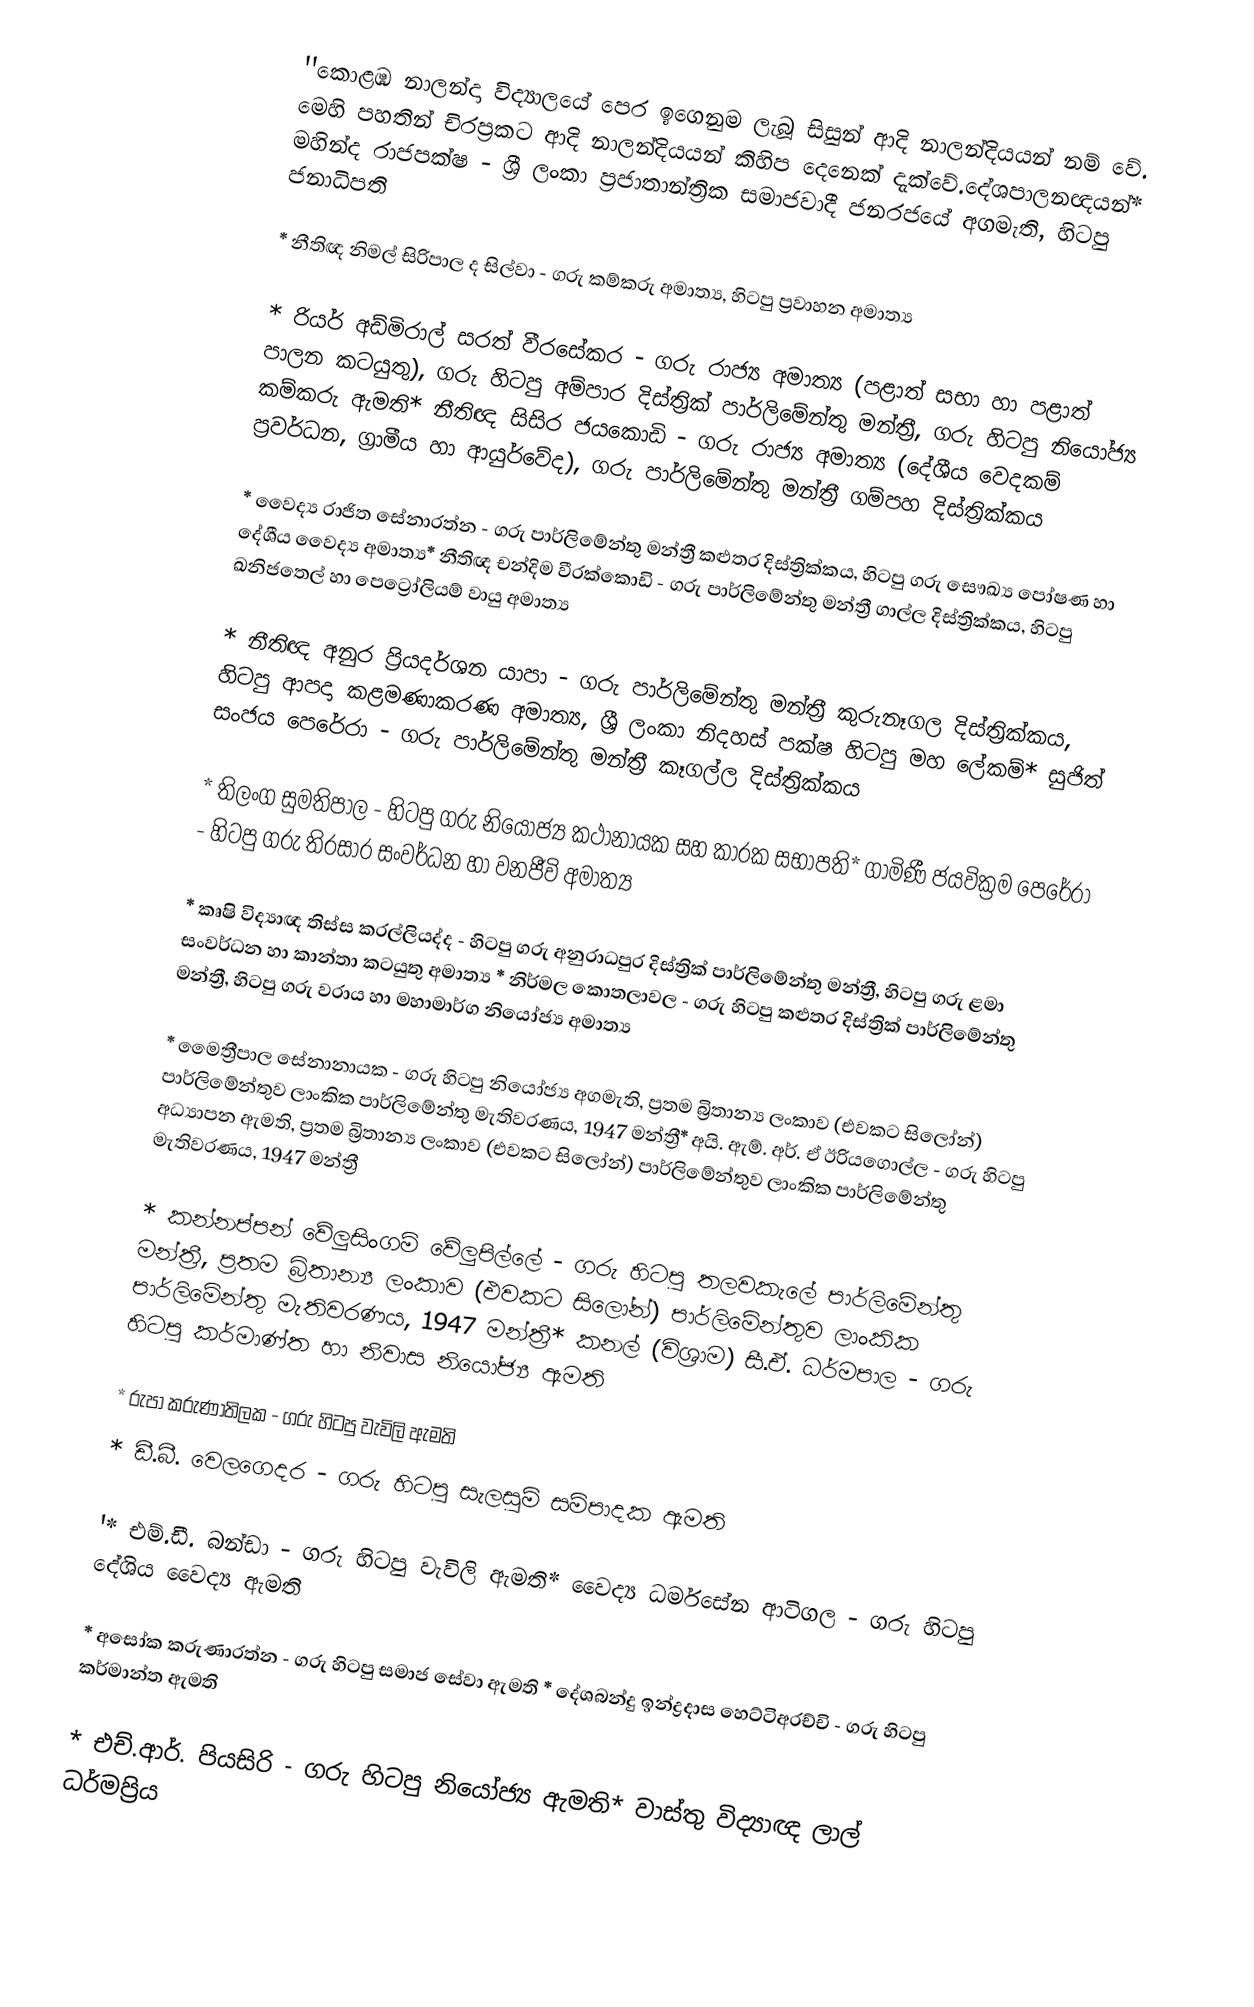
''කොළඹ නාලන්දා විද්‍යාලයේ පෙර ඉගෙනුම ලැබූ සිසුන් ආදි නාලන්දියයන් නම් වේ. මෙහි පහතින් චිරප්‍රකට ආදි නාලන්දියයන් කිහිප දෙනෙක් දැක්වේ.දේශපාලනඥයන්*  මහින්ද රාජපක්ෂ - ශ්‍රී ලංකා ප්‍රජාතාන්ත්‍රික සමාජවාදී ජනරජයේ අගමැති, හිටපු ජනාධිපති

*  නීතිඥ නිමල් සිරිපාල ද සිල්වා - ගරු කම්කරු අමාත්‍ය, හිටපු ප්‍රවාහන අමාත්‍ය

* රියර් අඩ්මිරාල් සරත් වීරසේකර - ගරු රාජ්‍ය අමාත්‍ය (පළාත් සභා හා පළාත් පාලන කටයුතු), ගරු හිටපු අම්පාර දිස්ත්‍රික් පාර්ලිමේන්තු  මන්ත්‍රී, ගරු හිටපු නියෝජ්‍ය කම්කරු ඇමති*  නීතිඥ සිසිර ජයකොඩි - ගරු රාජ්‍ය අමාත්‍ය (දේශීය වෙදකම් ප්‍රවර්ධන, ග්‍රාමීය හා ආයුර්වේද), ගරු පාර්ලිමේන්තු මන්ත්‍රී ගම්පහ දිස්‌ත්‍රික්‌කය

* වෛද්‍ය රාජිත සේනාරත්න - ගරු පාර්ලිමේන්තු මන්ත්‍රී කළුතර දිස්‌ත්‍රික්‌කය, හිටපු ගරු සෞඛ්‍ය පෝෂණ හා දේශීය වෛද්‍ය අමාත්‍ය*  නීතිඥ චන්දිම වීරක්කොඩි  - ගරු පාර්ලිමේන්තු මන්ත්‍රී ගාල්ල දිස්‌ත්‍රික්‌කය, හිටපු ඛනිජතෙල් හා පෙට්‍රෝලියම් වායු  අමාත්‍ය

*  නීතිඥ අනුර ප්‍රියදර්ශන  යාපා - ගරු පාර්ලිමේන්තු මන්ත්‍රී කුරුනෑගල දිස්‌ත්‍රික්‌කය, හිටපු ආපදා කළමණාකරණ අමාත්‍ය, ශ්‍රී ලංකා නිදහස් පක්ෂ හිටපු මහ ලේකම්* සුජිත් සංජය පෙරේරා - ගරු පාර්ලිමේන්තු මන්ත්‍රී කෑගල්ල දිස්‌ත්‍රික්‌කය

* තිලංග සුමතිපාල - හිටපු ගරු නියෝජ්‍ය කථානායක සහ කාරක සභාපති* ගාමිණී ජයවික්‍රම පෙරේරා - හිටපු ගරු තිරසාර සංවර්ධන හා වනජීවි අමාත්‍ය

* කෘෂි විද්‍යාඥ තිස්ස කරල්ලියද්ද - හිටපු ගරු අනුරාධපුර දිස්ත්‍රික් පාර්ලිමේන්තු  මන්ත්‍රී, හිටපු ගරු ළමා සංවර්ධන හා කාන්තා කටයුතු අමාත්‍ය  * නිර්මල කොතලාවල - ගරු හිටපු කළුතර දිස්ත්‍රික් පාර්ලිමේන්තු  මන්ත්‍රී, හිටපු ගරු වරාය හා මහාමාර්ග නියෝජ්‍ය අමාත්‍ය

* මෛත්‍රීපාල සේනානායක - ගරු හිටපු නියෝජ්‍ය අගමැති, ප්‍රතම බ්‍රිතාන්‍ය ලංකාව (එවකට සිලෝන්) පාර්ලිමේන්තුව ලාංකික පාර්ලිමේන්තු මැතිවරණය, 1947 මන්ත්‍රී* අයි. ඇම්. අර්. ඒ ඊරියගොල්ල - ගරු හිටපු අධ්‍යාපන ඇමති,  ප්‍රතම බ්‍රිතාන්‍ය ලංකාව (එවකට සිලෝන්) පාර්ලිමේන්තුව ලාංකික පාර්ලිමේන්තු මැතිවරණය, 1947 මන්ත්‍රී

* කන්නප්පන් වේලුසිංගම් වේලුපිල්ලේ - ගරු හිටපු තලවකැලේ පාර්ලිමේන්තු මන්ත්‍රී,   ප්‍රතම බ්‍රිතාන්‍ය ලංකාව (එවකට සිලෝන්) පාර්ලිමේන්තුව ලාංකික පාර්ලිමේන්තු මැතිවරණය, 1947 මන්ත්‍රී* කනල් (විශ්‍රාම) සී.ඒ. ධර්මපාල - ගරු හිටපු කර්මාණ්ත හා නිවාස නියෝජ්‍ය ඇමති

* රුපා කරුණාතිලක - ගරු හිටපු වැවිලි ඇමති
 * ඩී.බී. වෙලගෙදර - ගරු හිටපු සැලසුම් සම්පාදක ඇමති

'* එම්.ඩී. බන්ඩා - ගරු හිටපු වැවිලි ඇමති* වෛද්‍ය ධර්මසේන ආටිගල - ගරු හිටපු  දේශිය වෛද්‍ය ඇමති

* අසෝක කරුණාරත්න - ගරු හිටපු සමාජ සේවා ඇමති * දේශබන්දු ඉන්ද්‍රදාස හෙට්ටිඅරච්චි - ගරු හිටපු කර්මාන්ත ඇමති

* එච්.ආර්. පියසිරි - ගරු හිටපු නියෝජ්‍ය ඇමති* වාස්තු විද්‍යාඥ ලාල් ධර්මප්‍රිය